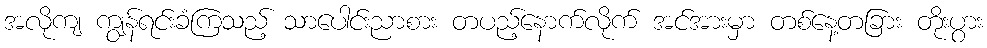
အလိုကျ ကျွန်ရင်းခံကြသည့် သာပေါင်းညာစား တပည့်နောက်လိုက် အင်အားမှာ တစ်နေ့တခြား တိုးပွား